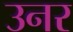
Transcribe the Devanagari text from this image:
उनर